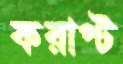
করাপ্ট